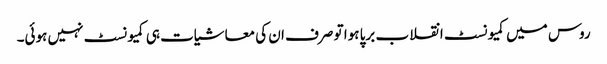
روس میں کمیونسٹ انقلاب برپا ہوا تو صرف ان کی معاشیات ہی کمیونسٹ نہیں ہوئی۔